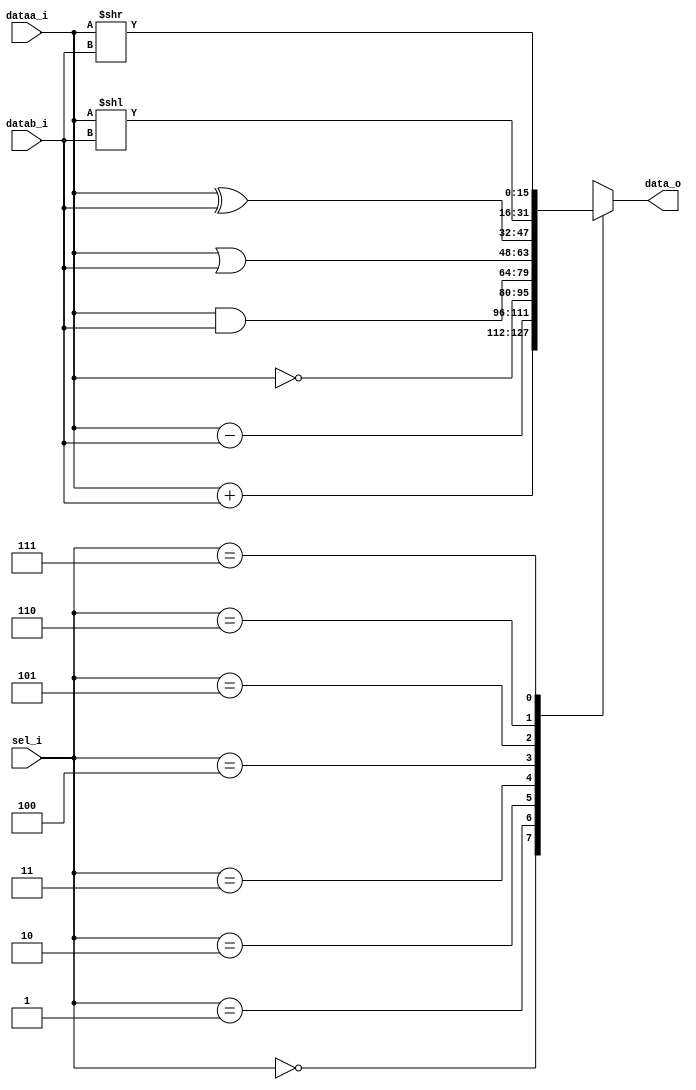
//------------------------------------------
//		PC COUNTER
//------------------------------------------
`timescale 10 ns/100 ps

module alu
#( 
	parameter DATA_WIDTH 	= 16,
	parameter SEL_OPERATION = 3
) 
(
	dataa_i,
	datab_i,
	sel_i,
	data_o
);

localparam _sum = 3'b000,
			     _sub = 3'b001,
			     _not = 3'b010,
			     _and = 3'b011,
			     _or  = 3'b100,
			     _xor = 3'b101,
			     _sll = 3'b110,
			     _srl = 3'b111;

input wire  [ DATA_WIDTH-1:0  ]  dataa_i;   // data A - 16 bits data A to operations
input wire  [ DATA_WIDTH-1:0  ]  datab_i;   // data B - 16 bits data B to operations
input wire  [ SEL_OPERATION-1:0 ]  sel_i;	   // selector - OR/AND/SUM/SUB/SLR/SLL operations
output reg  [ DATA_WIDTH-1:0 ]   data_o;    // data OUT - output operation result

always @(dataa_i or datab_i or sel_i)
begin
		case( sel_i )
			_sum: 
					data_o = dataa_i + datab_i;
			_sub:
					data_o = dataa_i - datab_i;
			_not:
					data_o = ~dataa_i;
			_and:
					data_o = dataa_i & datab_i;
			_or:
					data_o = dataa_i | datab_i;
			_xor:
					data_o = dataa_i ^ datab_i;
			_sll:
					data_o = dataa_i << datab_i;
			_srl:
					data_o = dataa_i >> datab_i;
		endcase
end

endmodule